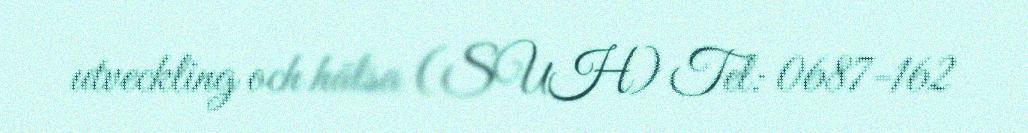
utveckling och hälsa (SUH) Tel: 0687-162